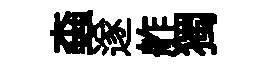
螙遂舴獨